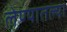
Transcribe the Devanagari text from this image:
लेण्यातल्या